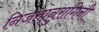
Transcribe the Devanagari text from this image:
निजतानुरागिनी